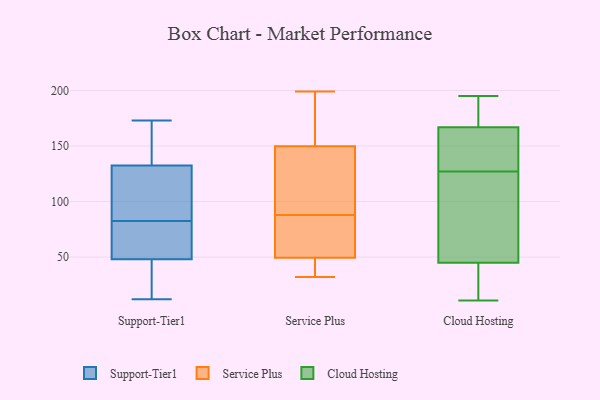
{"axis": {"x": "Population (Million)", "y": "Value"}, "legend": ["Cloud Hosting", "Service Plus", "Support-Tier1"], "data": [{"x": "", "y": 59, "type": "Support-Tier1"}, {"x": "", "y": 45, "type": "Support-Tier1"}, {"x": "", "y": 25, "type": "Support-Tier1"}, {"x": "", "y": 109, "type": "Support-Tier1"}, {"x": "", "y": 12, "type": "Support-Tier1"}, {"x": "", "y": 156, "type": "Support-Tier1"}, {"x": "", "y": 51, "type": "Support-Tier1"}, {"x": "", "y": 106, "type": "Support-Tier1"}, {"x": "", "y": 173, "type": "Support-Tier1"}, {"x": "", "y": 77, "type": "Support-Tier1"}, {"x": "", "y": 162, "type": "Support-Tier1"}, {"x": "", "y": 88, "type": "Support-Tier1"}, {"x": "", "y": 88, "type": "Service Plus"}, {"x": "", "y": 198, "type": "Service Plus"}, {"x": "", "y": 75, "type": "Service Plus"}, {"x": "", "y": 48, "type": "Service Plus"}, {"x": "", "y": 199, "type": "Service Plus"}, {"x": "", "y": 58, "type": "Service Plus"}, {"x": "", "y": 54, "type": "Service Plus"}, {"x": "", "y": 37, "type": "Service Plus"}, {"x": "", "y": 149, "type": "Service Plus"}, {"x": "", "y": 150, "type": "Service Plus"}, {"x": "", "y": 132, "type": "Service Plus"}, {"x": "", "y": 189, "type": "Service Plus"}, {"x": "", "y": 124, "type": "Service Plus"}, {"x": "", "y": 32, "type": "Service Plus"}, {"x": "", "y": 44, "type": "Service Plus"}, {"x": "", "y": 14, "type": "Cloud Hosting"}, {"x": "", "y": 133, "type": "Cloud Hosting"}, {"x": "", "y": 127, "type": "Cloud Hosting"}, {"x": "", "y": 45, "type": "Cloud Hosting"}, {"x": "", "y": 152, "type": "Cloud Hosting"}, {"x": "", "y": 180, "type": "Cloud Hosting"}, {"x": "", "y": 11, "type": "Cloud Hosting"}, {"x": "", "y": 132, "type": "Cloud Hosting"}, {"x": "", "y": 127, "type": "Cloud Hosting"}, {"x": "", "y": 33, "type": "Cloud Hosting"}, {"x": "", "y": 172, "type": "Cloud Hosting"}, {"x": "", "y": 89, "type": "Cloud Hosting"}, {"x": "", "y": 83, "type": "Cloud Hosting"}, {"x": "", "y": 23, "type": "Cloud Hosting"}, {"x": "", "y": 174, "type": "Cloud Hosting"}, {"x": "", "y": 45, "type": "Cloud Hosting"}, {"x": "", "y": 195, "type": "Cloud Hosting"}, {"x": "", "y": 106, "type": "Cloud Hosting"}, {"x": "", "y": 174, "type": "Cloud Hosting"}]}